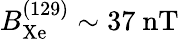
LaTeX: B_{\mathrm{Xe}}^{(129)}\sim 37~\mathrm{nT}